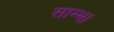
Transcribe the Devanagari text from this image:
साम्भा